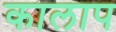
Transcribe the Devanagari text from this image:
कालाप